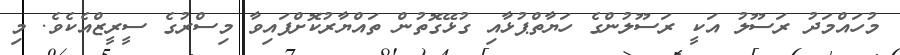
މުހައްމަދު ރަސޫލު އަކީ ރަސޫލުންގެ ހަޔާތްޕުޅާއި ގުޅޭގޮތުން ތައްޔާރުކޮށްފައިވާ މިސްރުގެ ސީރީޒްއެކެވެ. މި